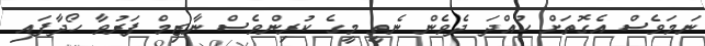
ނަމަވެސް އެގޮތަށް ހުއްދަ ދެވެން ނެތީ މީގެ ކުރިންވެސް ނާޒިމް ފަރުވާ ހޯދާފައި